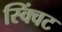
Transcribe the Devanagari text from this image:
स्क्विंट